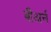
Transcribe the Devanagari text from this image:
बीअर्न